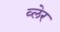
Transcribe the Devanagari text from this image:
व्‍लेर